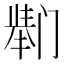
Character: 𫔸